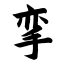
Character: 挛